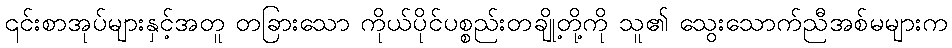
၎င်းစာအုပ်များနှင့်အတူ တခြားသော ကိုယ်ပိုင်ပစ္စည်းတချို့တို့ကို သူ၏ သွေးသောက်ညီအစ်မများက